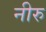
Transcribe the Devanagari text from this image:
नीरु